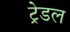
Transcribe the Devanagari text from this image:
ट्रेडल